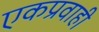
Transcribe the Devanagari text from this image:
एकप्रवाही